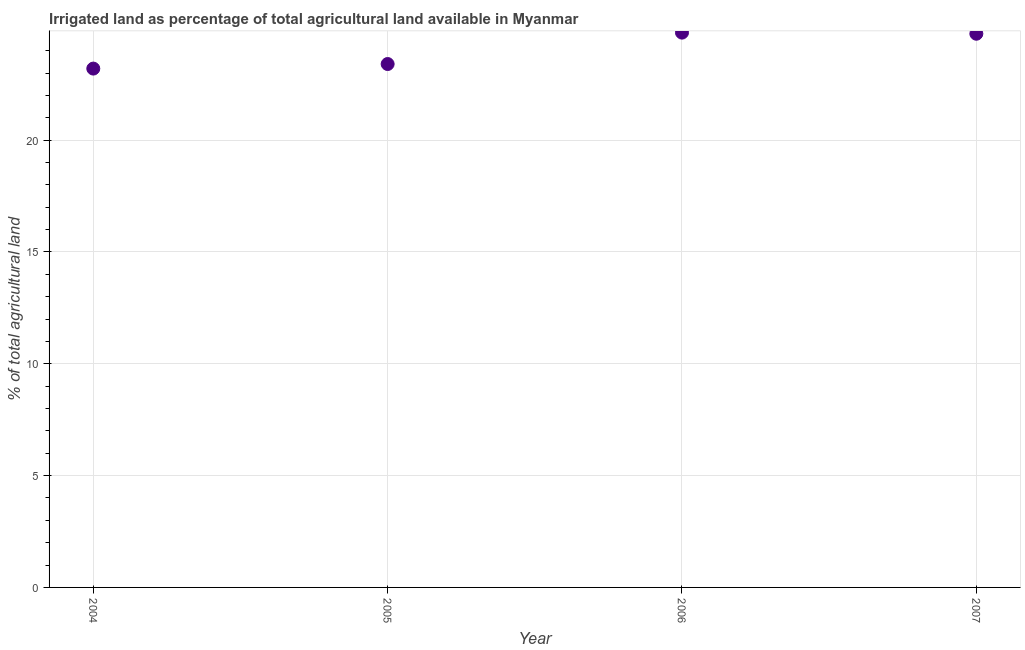
| Year | Agricultural irrigated land  |
 | --- | --- |
 | 2004 | 23.2 |
 | 2005 | 23.4 |
 | 2006 | 24.8 |
 | 2007 | 24.8 |